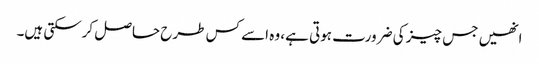
انھیں جس چیز کی ضرورت ہوتی ہے، وہ اسے کس طرح حاصل کرسکتی ہیں۔